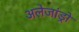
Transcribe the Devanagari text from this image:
अलेजांड्रो